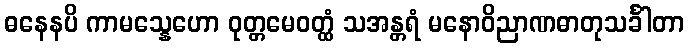
ဓနေနပိ ကာမသ္နေဟော ဝုတ္တမေဝတ္ထံ သအန္တရံ မနောဝိညာဏဓာတုသင်္ခါတာ